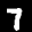
Label: 7